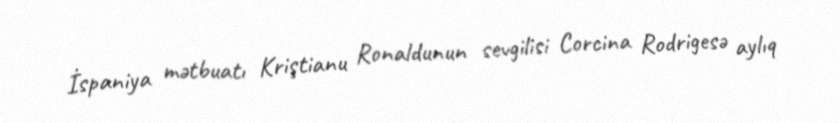
İspaniya mətbuatı Kriştianu Ronaldunun sevgilisi Corcina Rodrigesə aylıq